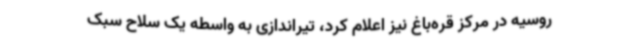
روسیه در مرکز قره‌باغ نیز اعلام کرد، تیراندازی به واسطه یک سلاح سبک